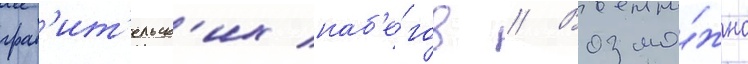
граб'ит'ельск'их наб'е́гов // Возмо́жно